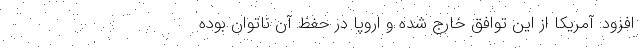
افزود: آمریکا از این توافق خارج شده و اروپا در حفظ آن ناتوان بوده